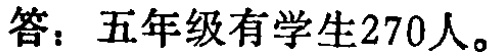
答：五年级有学生270人。